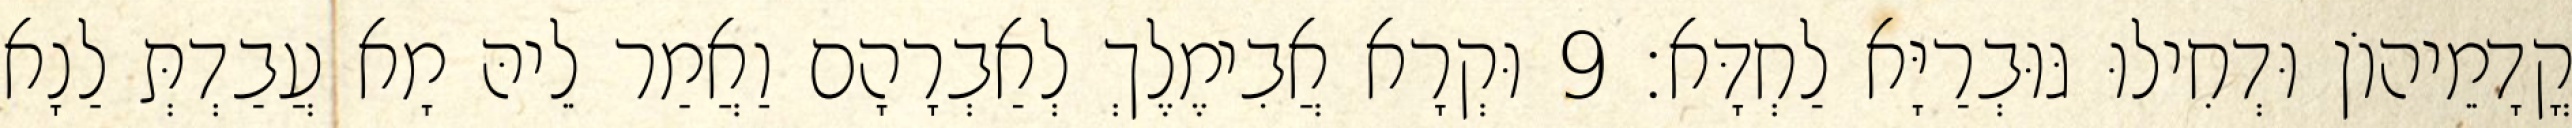
קֳדָמֵיהוֹן וּדְחִילוּ גּוּבְרַיָּא לַחְדָּא׃ 9 וּקְרָא אֲבִימֶלֶךְ לְאַבְרָהָם וַאֲמַר לֵיהּ מָא עֲבַדְתְּ לַנָא